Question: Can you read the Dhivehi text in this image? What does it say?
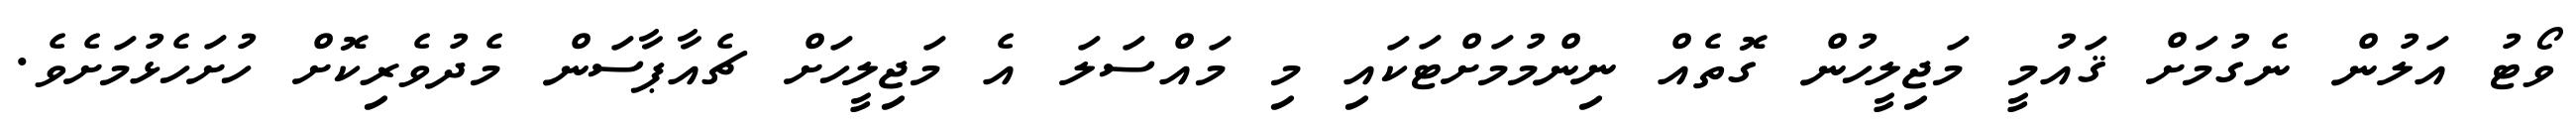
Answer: ވޯޓު އަލުން ނެގުމަށް ޤައުމީ މަޖިލީހުން ގޮތެއް ނިންމުމަށްޓަކައި މި މައްސަލަ އެ މަޖިލީހަށް ޗެއާޕާސަން މެދުވެރިކޮށް ހުށަހެޅުމަށެވެ.